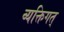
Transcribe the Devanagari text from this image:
व्यक्तिगत्